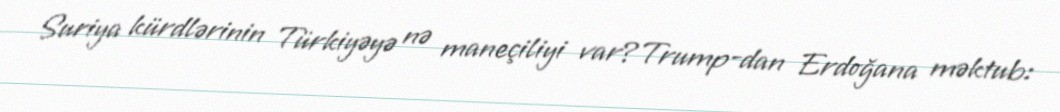
Suriya kürdlərinin Türkiyəyə nə maneçiliyi var?Trump-dan Erdoğana məktub: